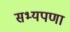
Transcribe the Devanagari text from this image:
सभ्यपणा